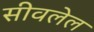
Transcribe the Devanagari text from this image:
सीवलेल